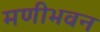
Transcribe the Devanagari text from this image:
मणीभवन